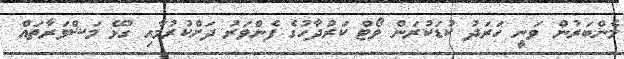
މެންބަރުން ވަނީ ހަރަދު ކުޑަކުރަން ވޯޓް ކަރުދާހުގެ ފެންވަރު ދަށްކުރުމާއި ގުޅޭ މަޝްވަރާތައް